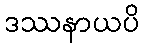
ဒဿနာယပိ